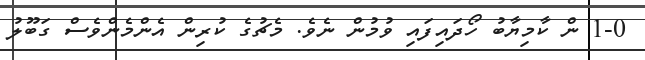
1-0 ން ކާމިޔާބު ހޯދައިފައި ވުމުން ނެވެ. މެޗުގެ ކުރިން އެންމެންވެސް ގަބޫލު